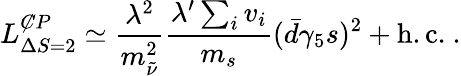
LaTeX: L_{\Delta S=2}^{\not{CP}}\simeq\frac{\lambda^{2}}{m_{\tilde{\nu}}^{2}}\frac{\lambda^{\prime}\sum_{i}^{}v_{i}}{m_{s}}(\bar{d}\gamma_{5}s)^{2}+\mathrm{h.c.}~.